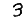
Digit: 3